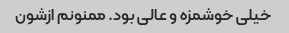
خیلی خوشمزه و عالی بود. ممنونم ازشون